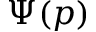
\Psi ( p )